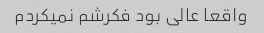
واقعا عالی بود فکرشم نمیکردم